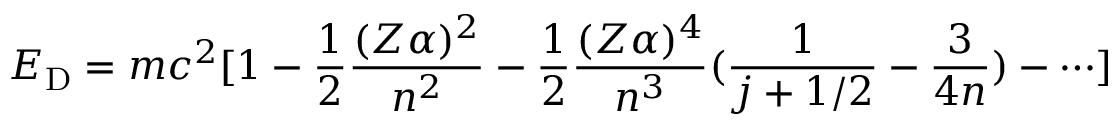
E _ { \mathrm { D } } = m c ^ { 2 } [ 1 - \frac { 1 } { 2 } \frac { ( Z \alpha ) ^ { 2 } } { n ^ { 2 } } - \frac { 1 } { 2 } \frac { ( Z \alpha ) ^ { 4 } } { n ^ { 3 } } ( \frac { 1 } { j + 1 / 2 } - \frac { 3 } { 4 n } ) - \cdots ]